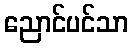
ညောင်ပင်သာ